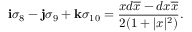
{ \bf i } \sigma _ { 8 } - { \bf j } \sigma _ { 9 } + { \bf k } \sigma _ { 1 0 } = { \frac { x d \overline { { { x } } } - d { x } \overline { { { x } } } } { 2 ( 1 + | x | ^ { 2 } ) } } .